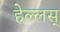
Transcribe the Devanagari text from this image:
हेल्लस्